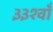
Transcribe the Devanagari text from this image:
३३१वाँ